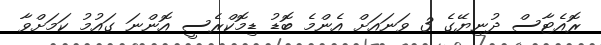
ރޮއެޓާސް ދުނިޔޭގެ 3 ވަނައަށް އެންމެ ބޮޑު ޑިމޮކްރެސީ އޮންނަ ގައުމު ކަމަށްވާ